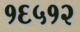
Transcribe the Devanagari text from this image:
१६५१२